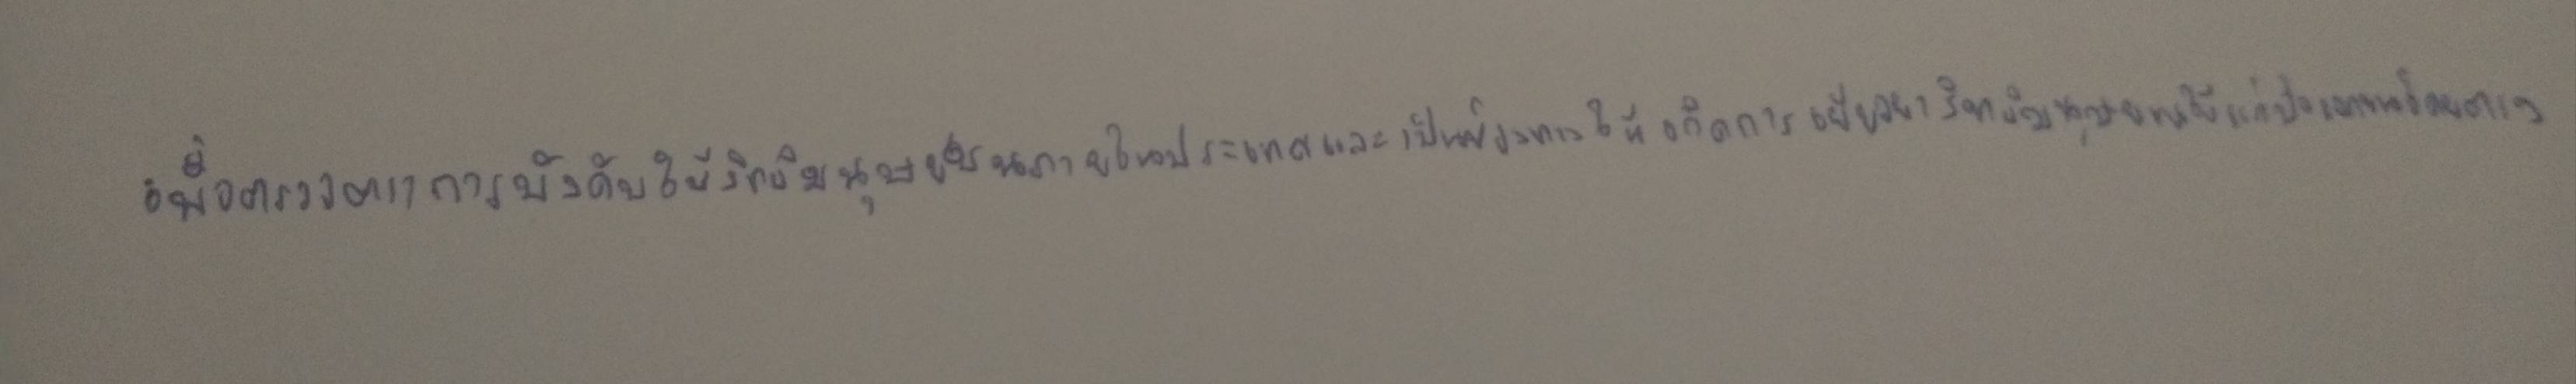
เพื่อตรวจตราการบังคับใช้สิทธิมนุษยชนภายในประเทศและเป็นช่องทางให้เกิดการเยียวยาสิทธิมนุษยชนให้แก่ปัจเจกชนโดยตรง